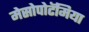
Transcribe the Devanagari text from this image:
मेसोपोटॅमिया